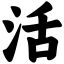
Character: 活